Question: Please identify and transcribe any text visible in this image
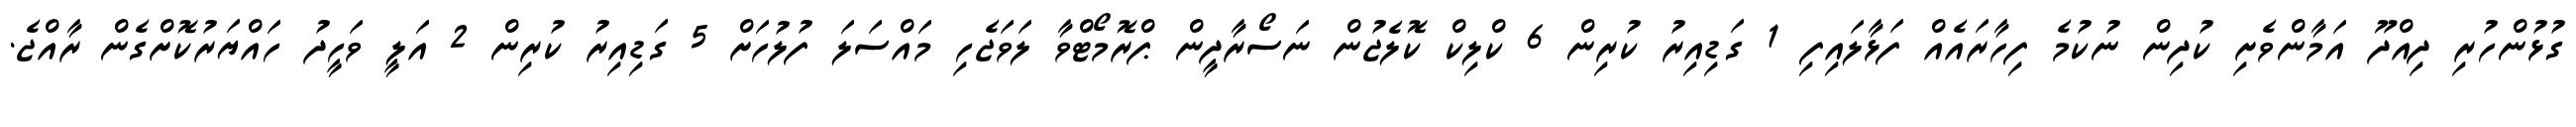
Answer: ގުޅުންހުރި ދިއްދޫ އަމާންވެށި ކުދިން ނުކުމެ ފިހާރައެއް ފަޅާލައިފި 1 ގަޑިއިރު ކުރިން 6 ކްލިކް ކޮލެޖުން ނަސޯރާދީން ޕްރޮމޯޓްވާ ލަވަޖެހި މައްސަލަ ފުލުހަށް 5 ގަޑިއިރު ކުރިން 2 އަލީ ވަހީދު ހައްޔަރުކޮށްގެން ރާއްޖެ.